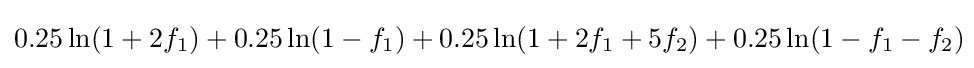
0.25\ln(1+2f_{1})+0.25\ln(1-f_{1})+0.25\ln(1+2f_{1}+5f_{2})+0.25\ln(1-f_{1}-f_{2})\!